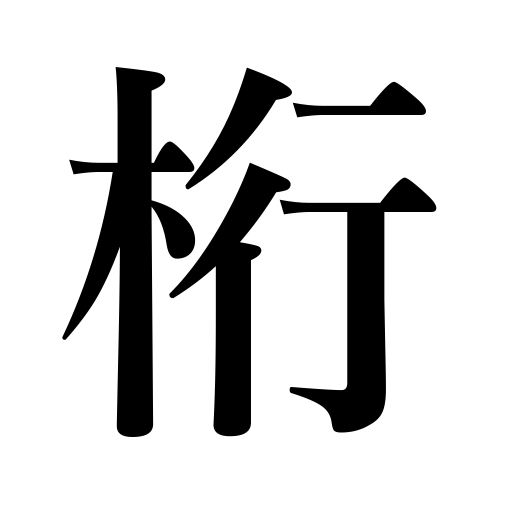
Meanings: girder,beam,unit or columnin figures,spar,yard